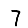
Digit: 7